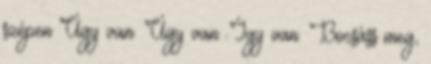
szépen Úgy van. Úgy van. Így van. Bocsáss meg,